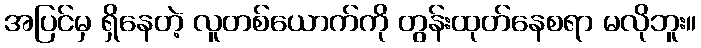
အပြင်မှ ရှိနေတဲ့ လူတစ်ယောက်ကို တွန်းထုတ်နေစရာ မလိုဘူး။